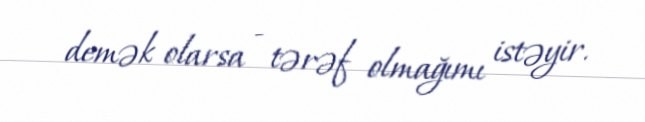
demək olarsa - tərəf olmağımı istəyir.